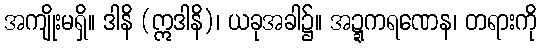
အကျိုးမရှိ။ ဒါနိ (ဣဒါနိ)၊ ယခုအခါ၌။ အဍ္ဍကရဏေန၊ တရားကို